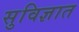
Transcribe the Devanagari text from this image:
सुविज्ञात